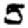
Digit: 5